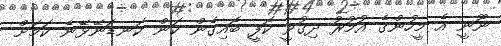
ނޫނީ އެ މީހުންގެ އުމުރު ދިގުވީ ކޮފީ ބޮއިގެން ކަން ކަނޑަނޭޅޭނެ ކަމަށް